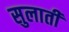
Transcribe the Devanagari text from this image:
सुलाती